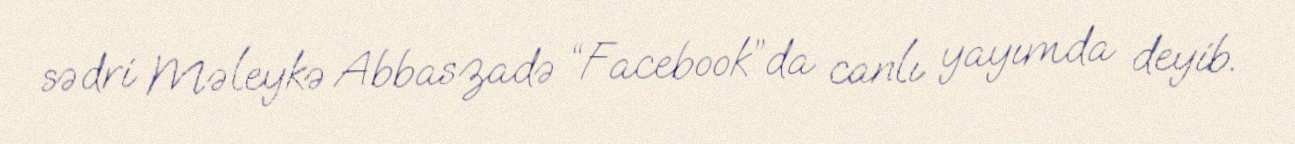
sədri Məleykə Abbaszadə “Facebook”da canlı yayımda deyib.